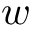
w